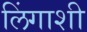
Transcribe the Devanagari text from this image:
लिंगाशी